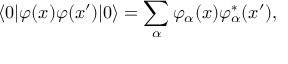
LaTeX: \langle 0 | \varphi ( x ) \varphi ( x ^ { \prime } ) | 0 \rangle = \sum _ { \alpha } \varphi _ { \alpha } ( x ) \varphi _ { \alpha } ^ { \ast } ( x ^ { \prime } ) ,